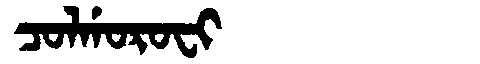
Manchu: ᠴᠣᠯᡤᠣᡵᠣᠸᡳ
Romanization: COLGOROFI